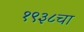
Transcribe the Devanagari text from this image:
१९३८चा